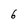
Character: 6